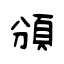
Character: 頒